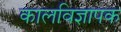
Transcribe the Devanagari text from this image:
कालविज्ञापक